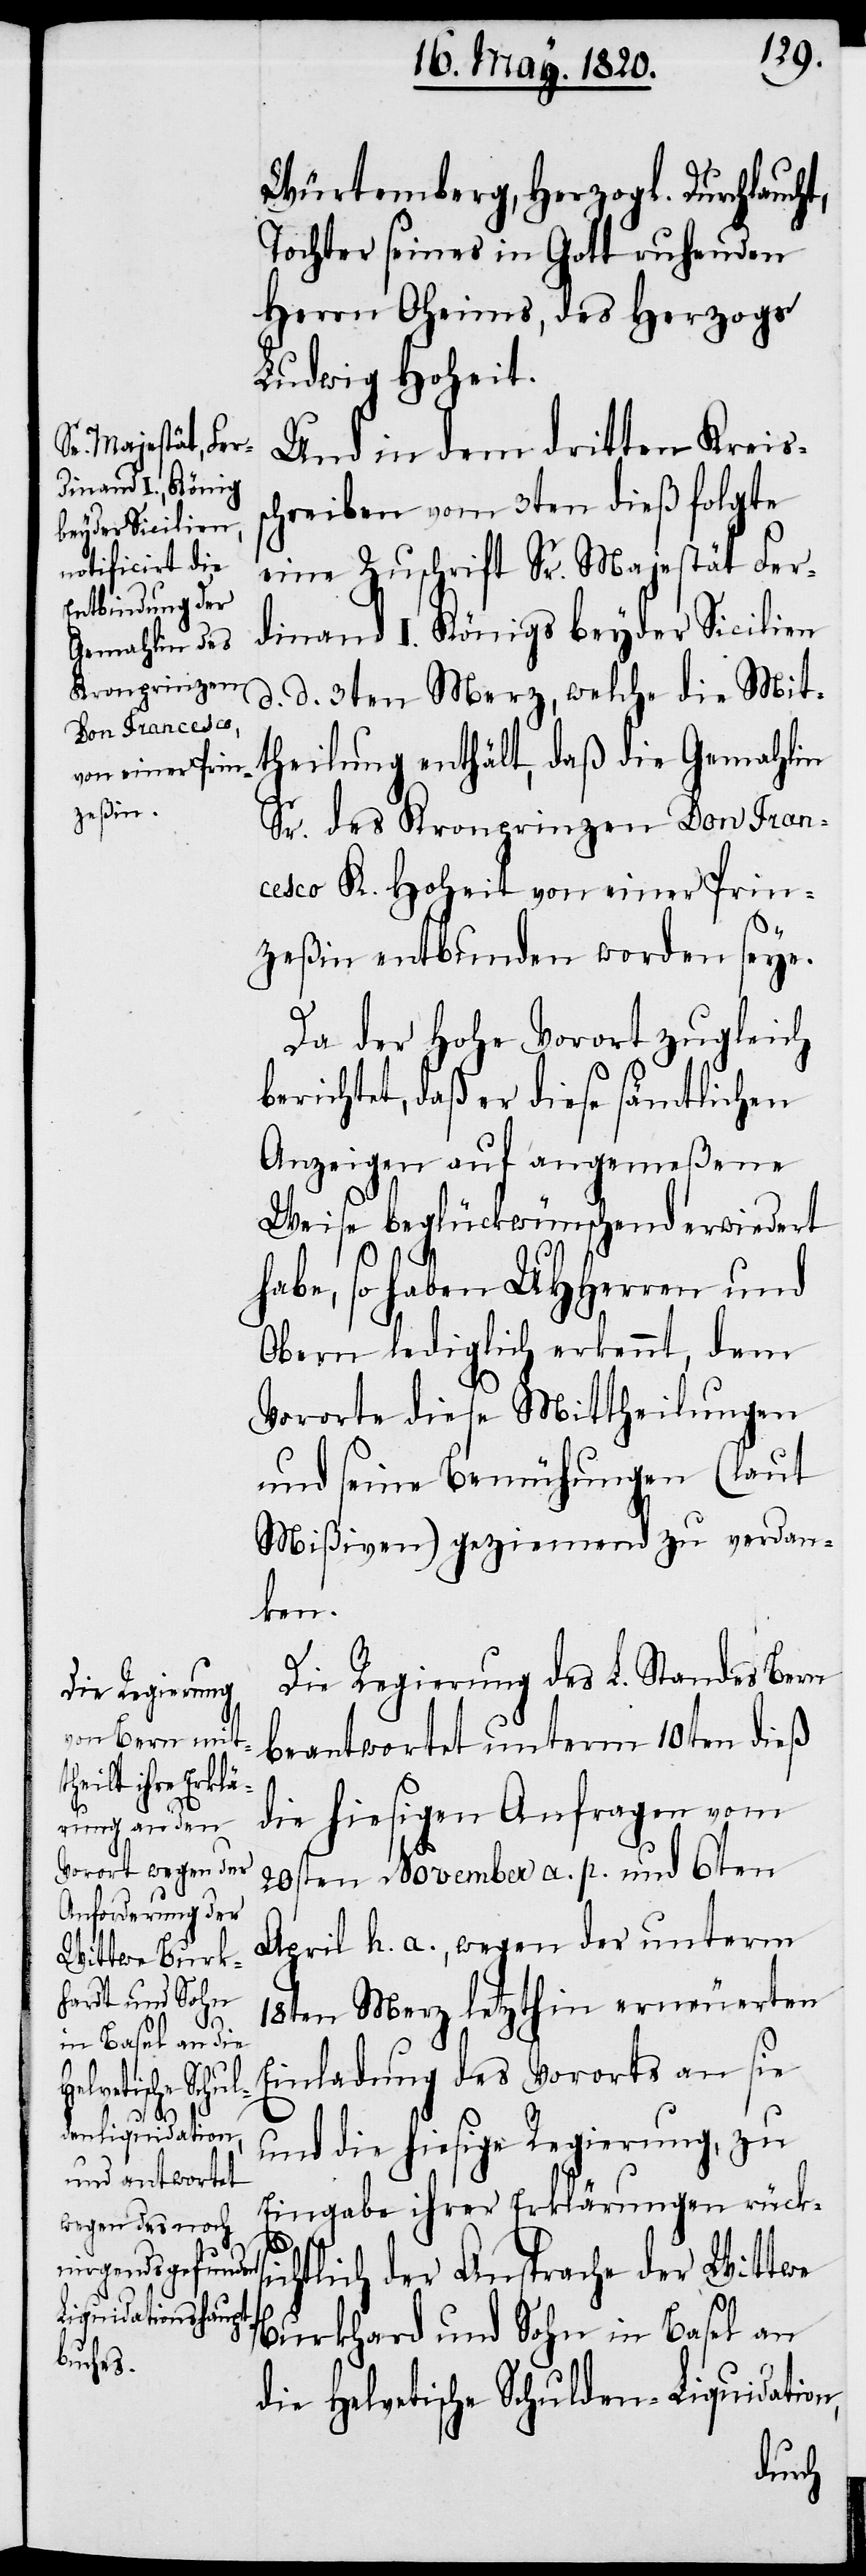
s¬

Würtemberg, Herzogl. Durchlauch¬
Tochter seines in Gott ruhenden
Herrn Oheims, des Herzogs
Ludwig Hoheit.
Und in dem dritten Kreis¬
chreiben vom 3ten dieß folgte
eine Zuschrift Sr. Majestät Fer¬
dinand I. Königs beyder Sicilien
d. d. 3ten Merz, welche die Mit¬
theilung enthält, daß die Gemahlin
Sr. des Kronprinzen Don Fran¬
cesco K. Hoheit von einer Prin¬
zeßin entbunden worden seye.
Da der hohe Vorort zugleich
berichtet, daß er diese sämtlichen
Anzeigen auf angemeßene
Weise beglückwünschend erwiedert
habe, so haben UHHerren und
Obern lediglich erkennt, dem
Vororte diese Mittheilungen
und seine Bemühungen (laut
Mißiven) geziemend zu verdan¬
ken.
Die Regierung des L. Standes Bern
beantwortet unterm 10ten dieß
die hiesigen Anfragen vom
20sten November a. p. und 6ten
April h. a., wegen der unterm
18ten Merz letzthin erneuerten
Einladung des Vororts an sie
und die hiesige Regierung, zu
Eingabe ihrer Erklärungen rücksi¬
chtlich der Ansprache der Wittwe
Burkhard und Sohn in Basel an
die Helvetische Schulden-Liquidation,